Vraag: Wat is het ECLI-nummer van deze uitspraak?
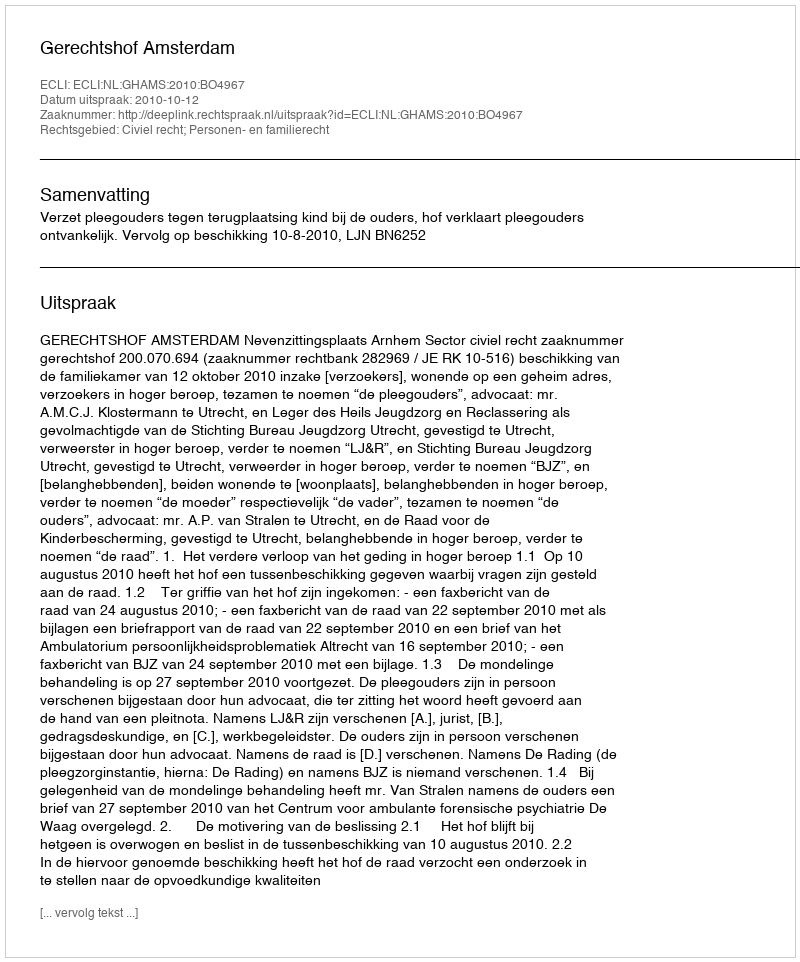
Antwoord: ECLI:NL:GHAMS:2010:BO4967